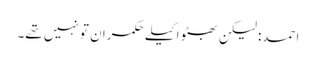
احمد: لیکن بھٹو اکیلے حکمران تو نہیں تھے۔